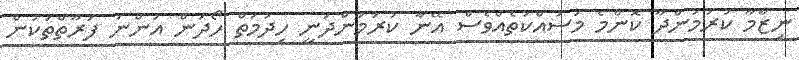
ނިޒާމާ ކުރަމުންދާ ކޮންމެ މަސައްކަތެއްވެސް އޭނާ ކުރަމުންދަނީ ހިދުމަތް ހޯދަން އަންނަ ފަރާތްތަކުން